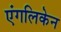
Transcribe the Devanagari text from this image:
एंगलिकेन